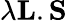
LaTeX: \lambda\mathbf{L}.\mathbf{S}